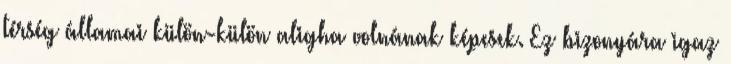
térség államai külön-külön aligha volnának képesek. Ez bizonyára igaz